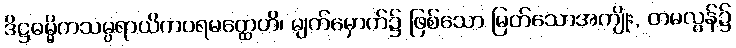
ဒိဋ္ဌဓမ္မိကသမ္ပရာယိကပရမတ္ထေဟိ၊ မျက်မှောက်၌ ဖြစ်သော မြတ်သောအကျိုး, တမလွန်၌